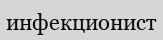
инфекционист